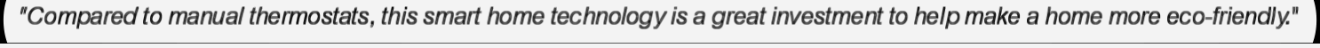
"Compared to manual thermostats, this smart home technology is a great investment to help make a home more eco-friendly."